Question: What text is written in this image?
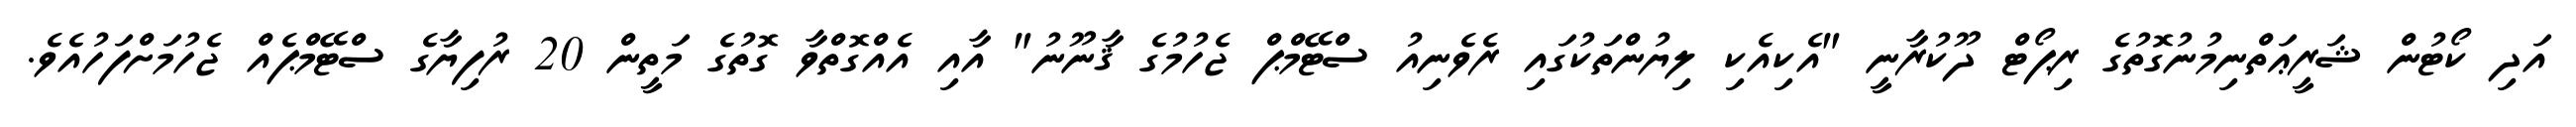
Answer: އަދި ކޯޓުން ޝަރީޢަތްނިމުނުގޮތުގެ ރިޕޯޓް ދޫކުރާނީ "އެކިއެކި ލިޔުންތަކުގައި ރެވެނިއު ސްޓޭމްޕް ޖެހުމުގެ ޤާނޫނު" އާއި އެއްގޮތްވާ ގޮތުގެ މަތީން 20 ރުފިޔާގެ ސްޓޭމްޕެއް ޖެހުމަށްފަހުއެވެ.